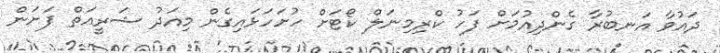
ދައުވާ އަނބުރާ ގެންދިއުމަށް ފަހު ކްރިމިނަލް ކޯޓަށް ހުށަހަޅައިގެން މިއަދު ޝަރީއަތް ފަށަން